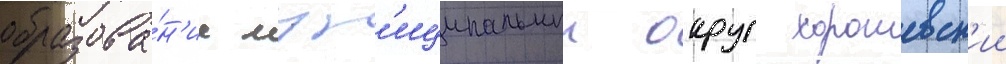
образова́н'ие мун'иципальныи округ хорошевск'ии